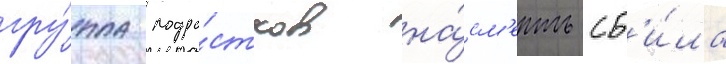
гру́ппа подро́стков на́см'ерть сб'и́ла